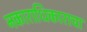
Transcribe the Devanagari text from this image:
नकाराधिकाराचा